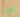
حتى